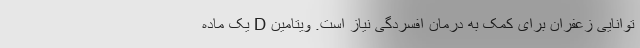
توانایی زعفران برای کمک به درمان افسردگی نیاز است. ویتامین D یک ماده